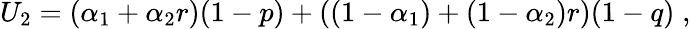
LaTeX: U_{2}=(\alpha_{1}+\alpha_{2}r)(1-p)+\left((1-\alpha_{1})+(1-\alpha_{2})r\right)(1-q)\; ,